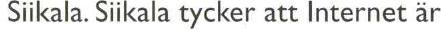
 Siikala. Siikala tycker att Internet är